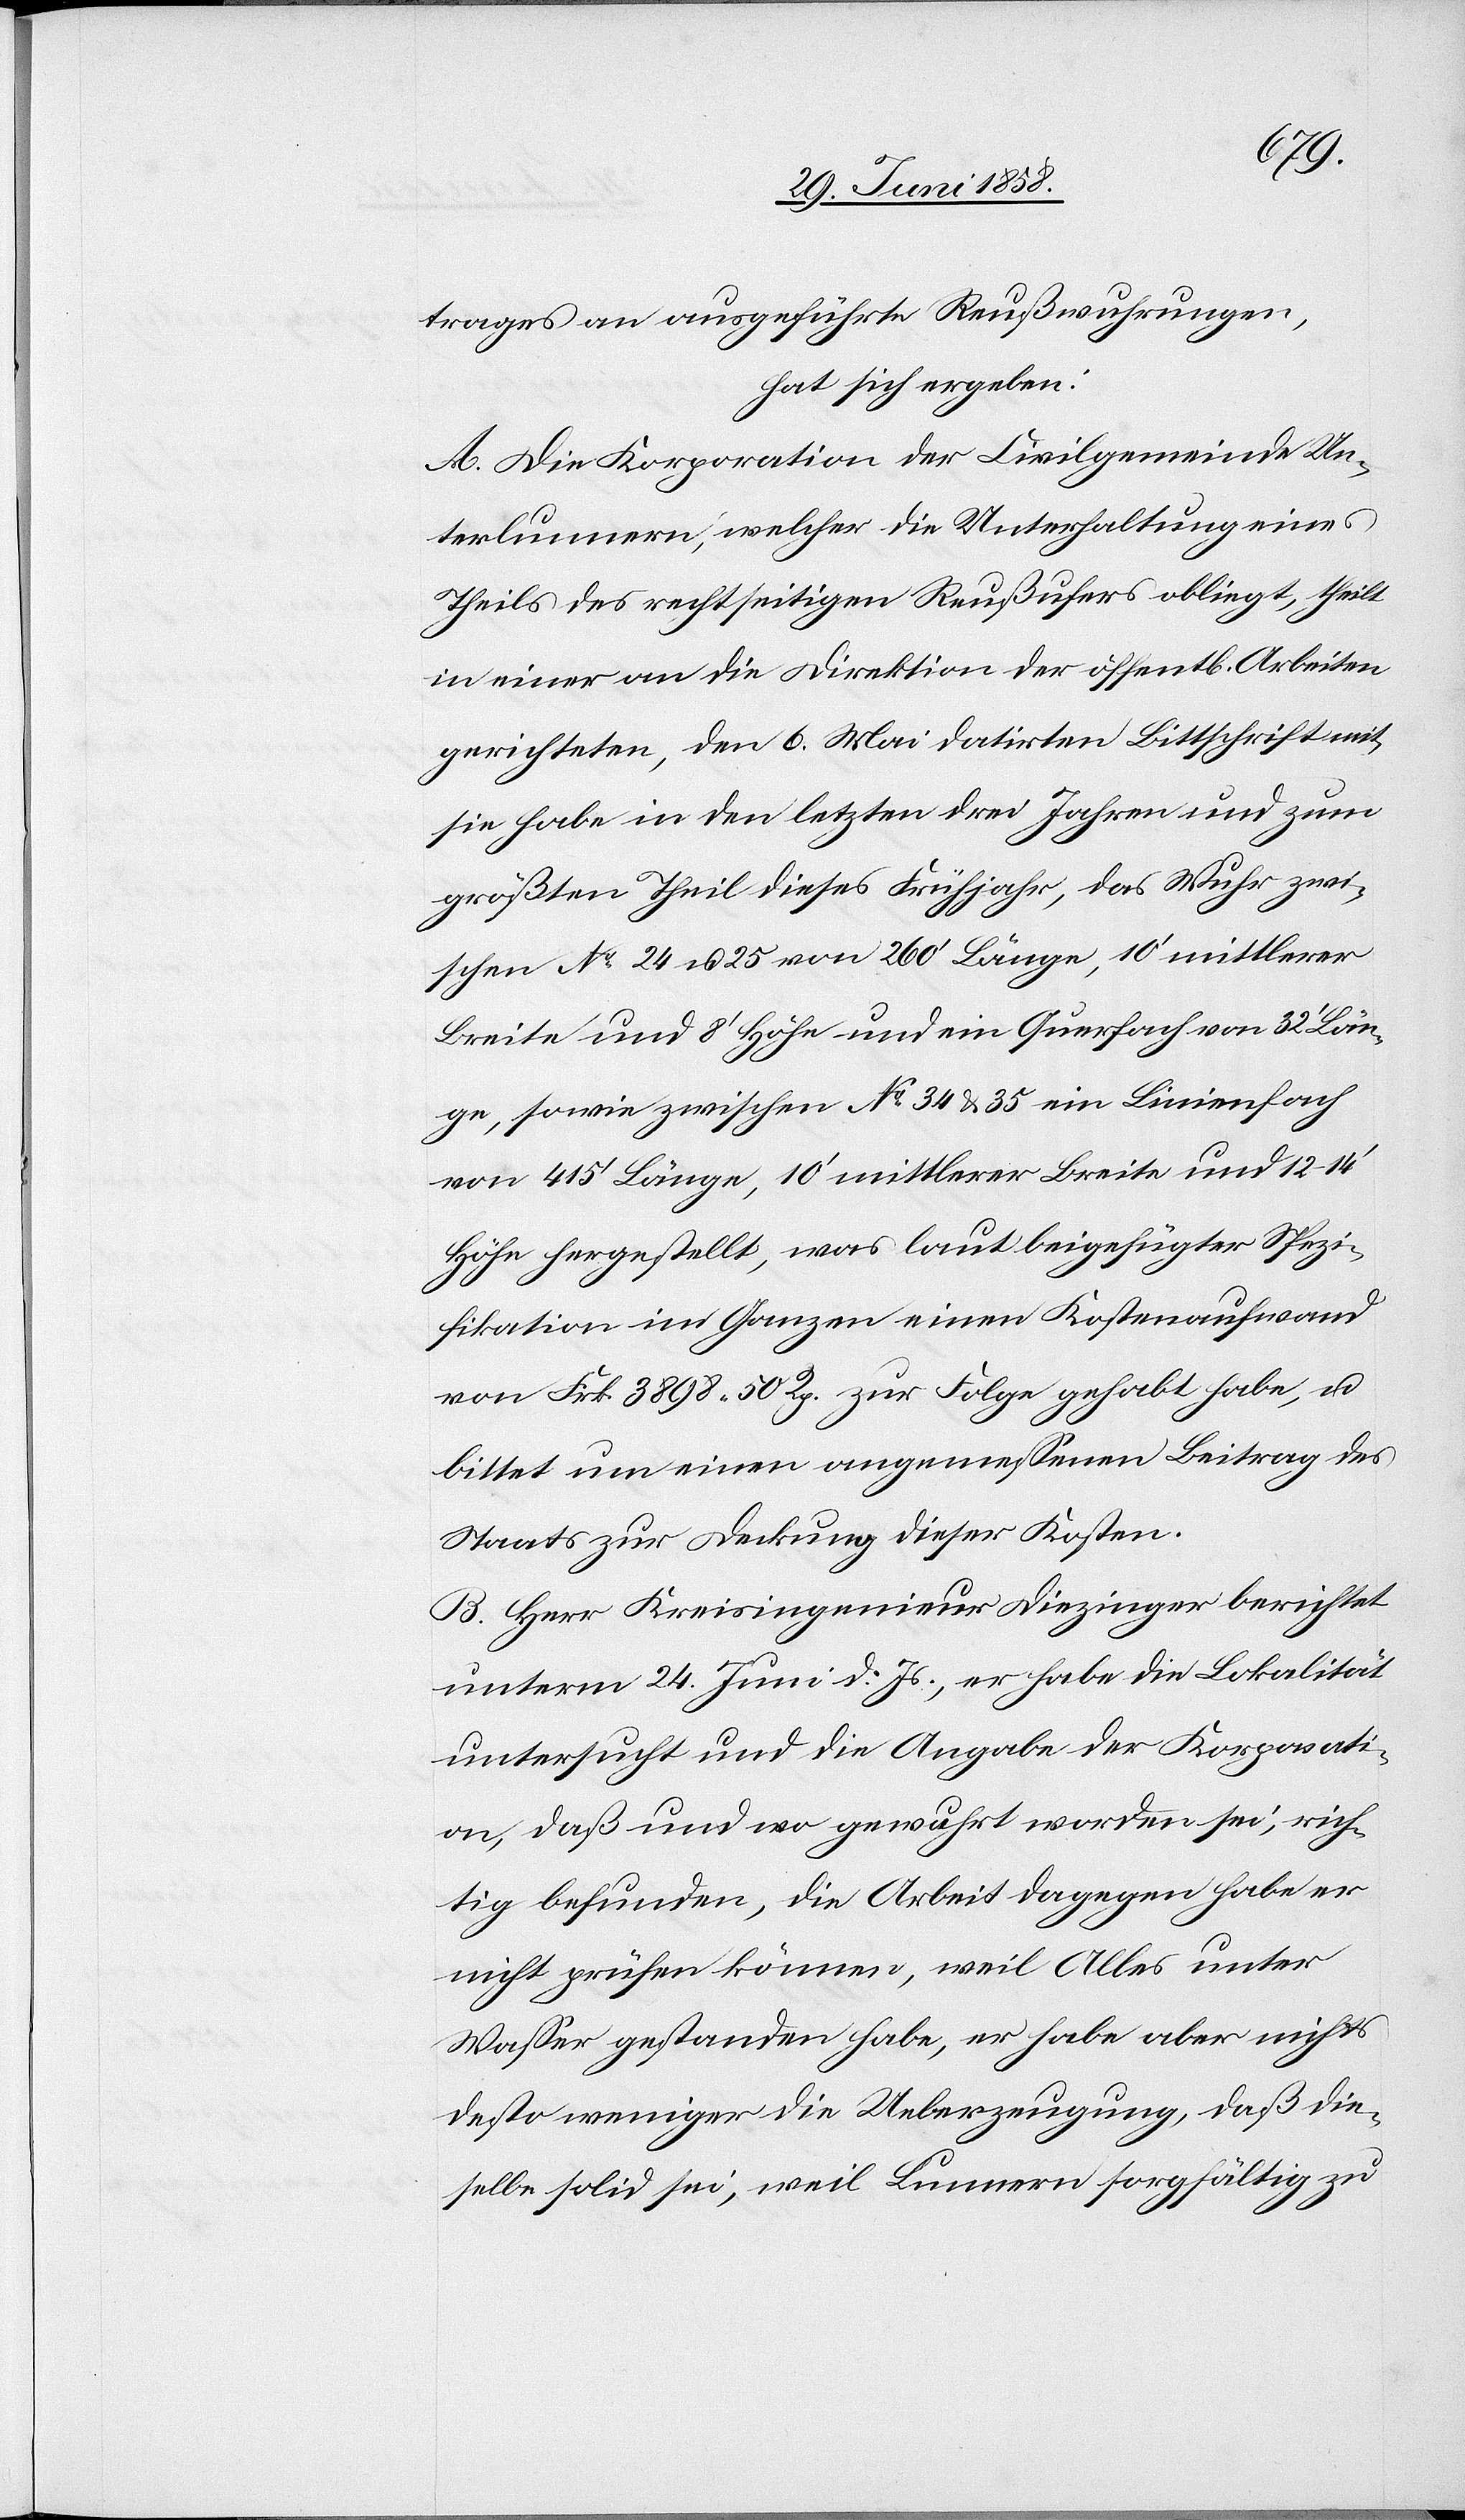
trages an ausgeführte Reußwuhrungen,
hat sich ergeben:
A. Die Korporation der Civilgemeinde Un¬
terlunnern, welcher die Unterhaltung eines
Theils des rechtseitigen Reußufers obliegt, theilt
in einer an die Direktion der öffent[lichen] Arbeiten
gerichteten, den 6. Mai datirten Bittschrift mit,
sie habe in den letzten drei Jahren und zum
größten Theil dieses Frühjahr, das Wuhr zwi¬
schen No 24 u. 25 von 260‘ Länge, 10‘ mittlerer
Breite und 8‘ Höhe und ein Querfach von 32‘ Län¬
ge, sowie zwischen No 34 & 35 ein Linienfach
von 415‘ Länge, 10‘ mittlerer Breite und 12–14‘
Höhe hergestellt, was laut beigefügter Spezi¬
fikation im Ganzen einen Kostenaufwand
von Frk. 3898 50 Rp. zur Folge gehabt habe, u.
bittet um einen angemessenen Beitrag des
Staats zur Deckung dieser Kosten.
B. Herr Kreisingenieur Diezinger berichtet
unterm 24. Juni d. Js., er habe die Lokalität
untersucht und die Angabe der Korporati¬
on, daß und wo gewuhrt worden sei, rich¬
tig befunden, die Arbeit dagegen habe er
nicht prüfen können, weil Alles unter
Wasser gestanden habe, er habe aber nichts
desto weniger die Ueberzeugung, daß die¬
selbe solid sei, weil Lunnern sorgfältig zu